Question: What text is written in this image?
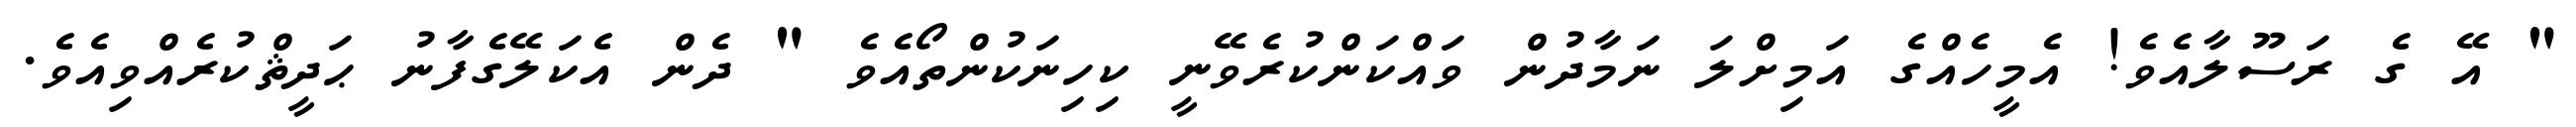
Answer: " އޭ ގެ ރަސޫލާއެވެ! އެމީހެއްގެ އަމިށްލަ ނަމާދުން ވައްކަންކުރެވޭނީ ކިހިނަކުންތޯއެވެ " ދެން އެކަލޭގެފާނު ޙަދީޘްކުރެއްވިއެވެ.